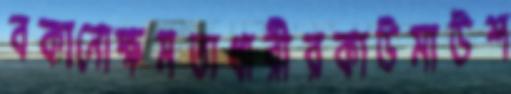
বকানোক্ষমতাধারীরকাউমাউশ